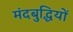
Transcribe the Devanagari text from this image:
मंदबुद्धियों